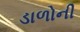
ડાળોની